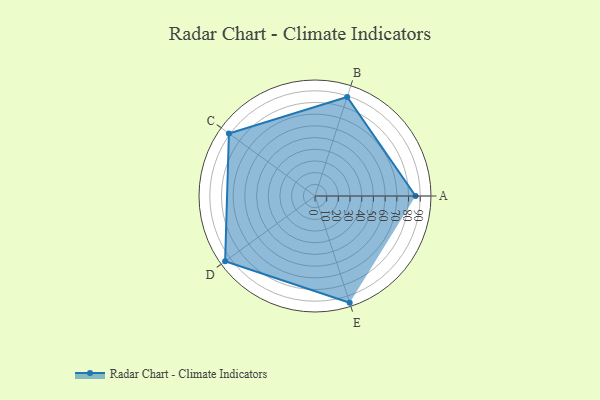
{"axis": {"x": "Skill", "y": "Score"}, "legend": ["Profile"], "data": [{"x": "A", "y": 86.0, "type": "Profile"}, {"x": "B", "y": 89.0, "type": "Profile"}, {"x": "C", "y": 91.0, "type": "Profile"}, {"x": "D", "y": 95.0, "type": "Profile"}, {"x": "E", "y": 96.0, "type": "Profile"}]}